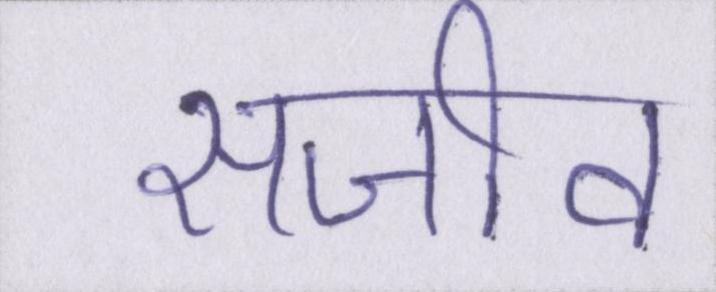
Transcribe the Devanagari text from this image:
सजीव